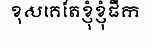
ខុសគេតែខ្ញុំខ្ញុំផឹក